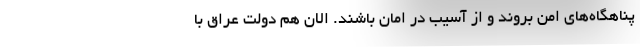
پناهگاه‌های امن بروند و از آسیب در امان باشند. الان هم دولت عراق با